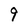
Character: 9